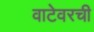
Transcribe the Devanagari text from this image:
वाटेवरची